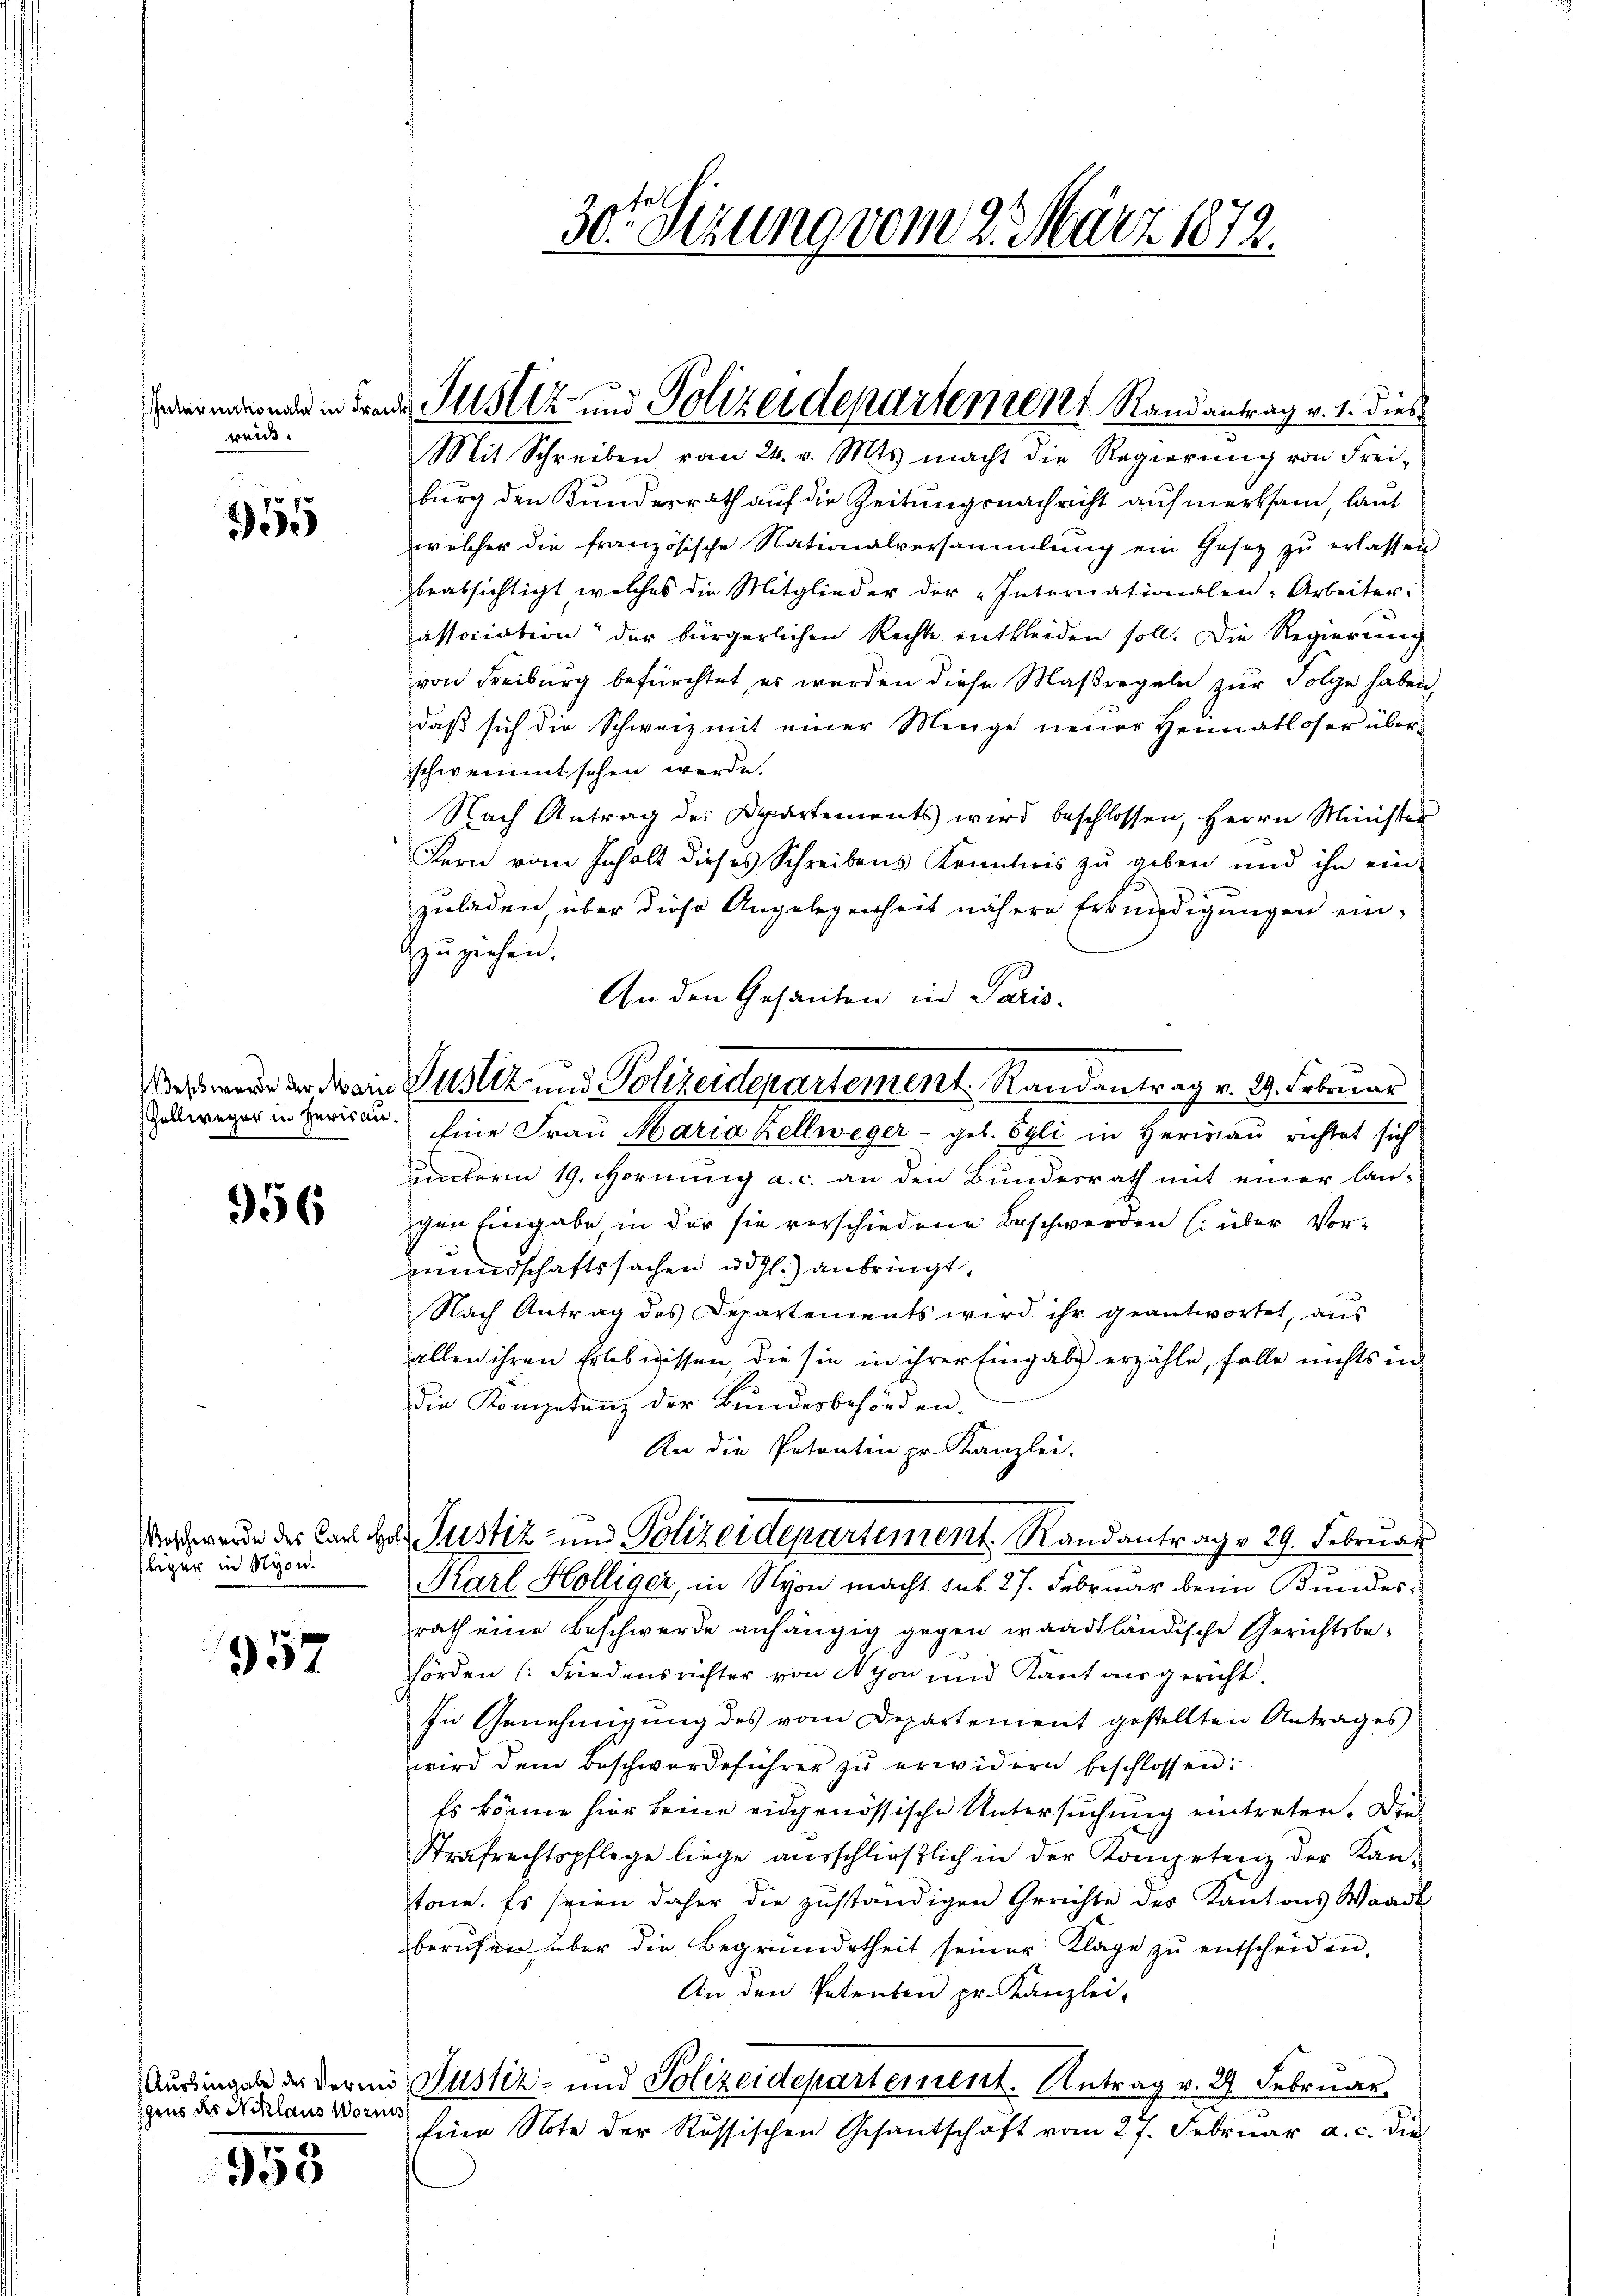
reut.

55

Zellweger in Herisau.

956

Ebiger in Nyon.

357

gens des Niklaus Worms

5
955

30. Sizung vom 2. März 1872.

dermann in derende Justiz- und Polizeidepartement Randantrag v. 1. dies
Mit Schreiben vom 24. v. Mts. macht die Regierŭng von Frei-

Wels werde der dans Justiz und Polizeidepartement. Randantrag v. 29. Februar

burg den Bundesrath auf die Zeitungsnachricht aufmerksam, laut
welcher die französische Nationalversammlung ein Gesetz zu erlassen
beabsichtigt welches die Mitglieder der „Internationalen- Arbeiter:
association der bürgerlichen Rechte entkleiden soll. Die Regierung
von Freiburg befürchtet, es werden diese Maßregeln zur Folge haben,
daß sich die Schweiz mit einer Menge neuer Heimatloser überschwemmt sehen werde.
Nach Antrag des Departements wird beschlossen, Herrn Minister
Kern vom Inhalt dieses Schreibens Kenntnis zu geben und ihn ein-
zuladen, über diese Angelegenheit nähere Erkundigungen einzuziehen.
An den Gesanten in Paris.
Eine Frau Maria Kellweger - geb. Egli in Herisau rechtet sich
uunterm 19. Hornung a. c. an den Bundesrath mit einer langen Eingabe, in der sie verschiedene Beschwerden (über Vormundschaftssachen ad c.) anbringt.
Nach Antrag des Departements wird ihr geantwortet, aus
allen ihren Erlebnissen, die sie in ihrer Eingabe erzähle, falle nichts in
die Kompetenz der Bundesbehörden.
An die Petentin pr. Kanzlei.
Notwende des Cant chas Justiz- und Polizeidepartement. Randantrag 29. Februar
Karl Hölliger, in Nyon macht sub. 27. Februar beim Bundesrath eine Beschwerde anhängig gegen waadtländische Gerichtsbehörden (Friedensrichter von Nyon und Kant ausgericht.
In Genehmigung des vom Departement gestellten Antrages
wird dem Beschwerdeführer zŭ erwidern beschlossen:
Es könne hier keine eidgenössische Untersuchung eintreten. Die¬
Strafrechtspflege liege aŭsschlieβlich in der Kompetenz der Kan-
tone. Es seien daher die zuständigen Gerichte des Kantons Waadt
berufen über die Begründetheit seiner Kläge zŭ entscheiden.
An den Petenten pr. Kanzlei-
Ausingen der Vermis Justiz- und Polizeidepartement. Antrag v. 27 Februar
Eine Note der Russischen Gesantschäft vom 27. Febrŭar a. c. die